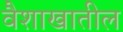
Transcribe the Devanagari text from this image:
वैशाखातील